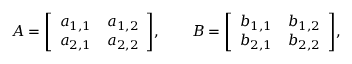
A = { \left[ \begin{array} { l l } { a _ { 1 , 1 } } & { a _ { 1 , 2 } } \\ { a _ { 2 , 1 } } & { a _ { 2 , 2 } } \end{array} \right] } , \qquad B = { \left[ \begin{array} { l l } { b _ { 1 , 1 } } & { b _ { 1 , 2 } } \\ { b _ { 2 , 1 } } & { b _ { 2 , 2 } } \end{array} \right] } ,